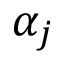
\alpha _ { j }